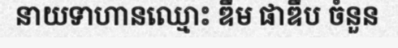
នាយទាហានឈ្មោះ ឌឹម ផាឌឹប ចំនួន